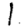
Digit: 1